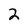
Character: 2